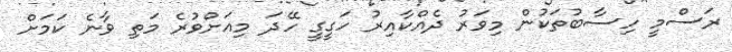
ރަސްމީ ހިސާބުތަކުން މިވަރު ދެއްކާއިރު ހަގީގީ ހޭދަ މިއަށްވުރެ މަތި ވާނެ ކަމަށް